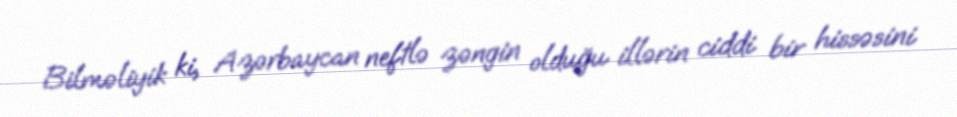
Bilməliyik ki, Azərbaycan neftlə zəngin olduğu illərin ciddi bir hissəsini